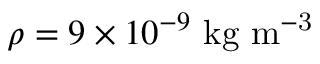
\rho = 9 \times 1 0 ^ { - 9 } \ \mathrm { k g \ m ^ { - 3 } }